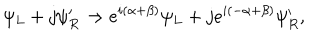
LaTeX: \psi _ { L } + j \psi _ { R } ^ { \prime } \to e ^ { i ( \alpha + \beta ) } \psi _ { L } + j e ^ { i ( - \alpha + \beta ) } \psi _ { R } ^ { \prime } ,